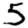
Digit: 5